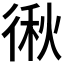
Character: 𭛻